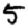
Digit: 5